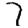
Digit: 7